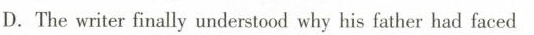
D. The writer finally understood why his father had faced